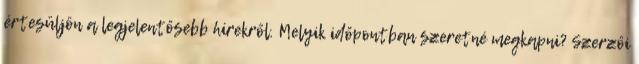
értesüljön a legjelentősebb hírekről. Melyik időpontban szeretné megkapni? Szerzői